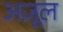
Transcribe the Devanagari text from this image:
अज़ूल